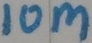
Text: 10M